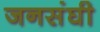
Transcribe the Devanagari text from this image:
जनसंघी